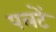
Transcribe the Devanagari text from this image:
पलटें